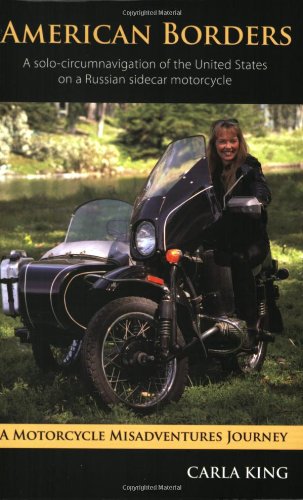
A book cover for American Borders: A Solo Circumnavigation of the United States on a Russian Sidecar Motorcycle; Carla King; Travel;